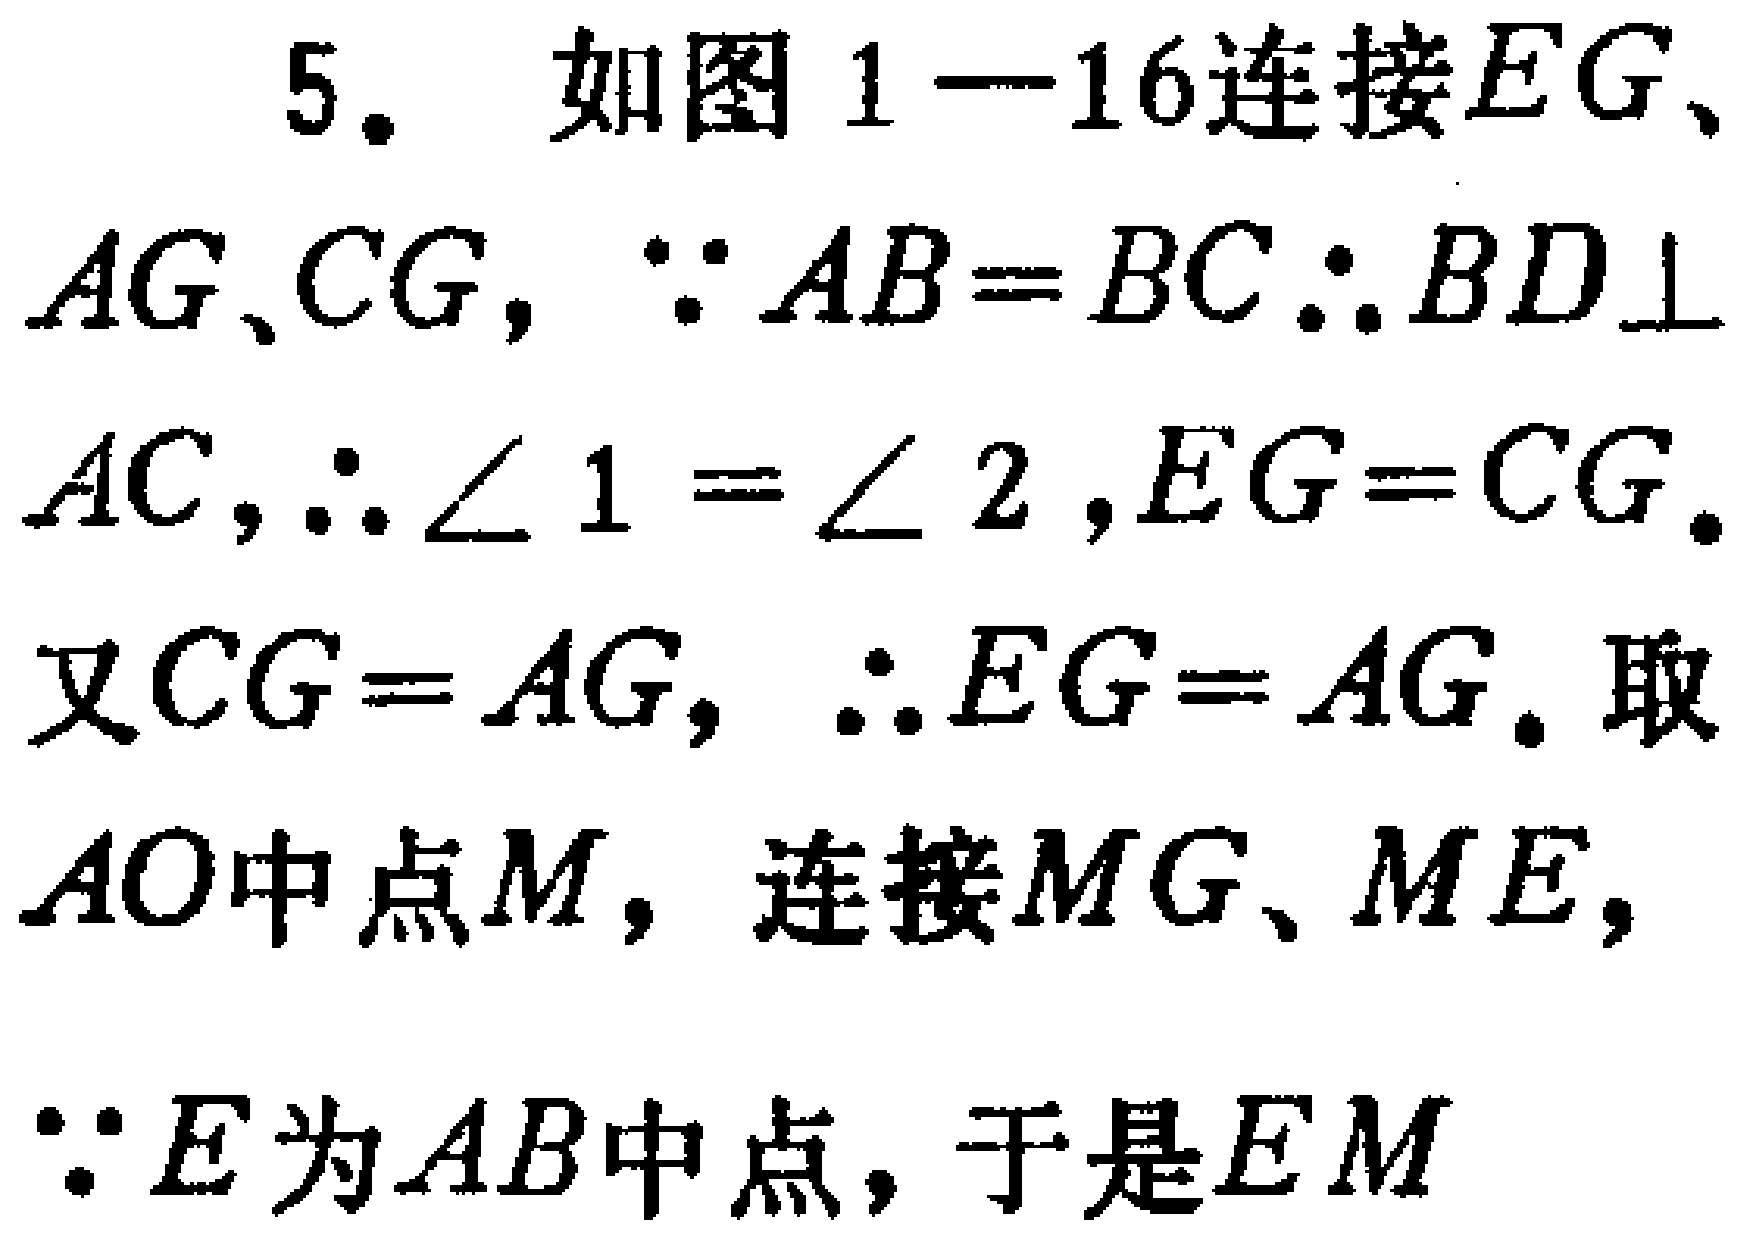
5. 如图1—16连接\(EG\)、\(AG\)、\(CG\)，\(\because AB = BC\therefore BD\perp AC\)，\(\therefore\angle 1=\angle 2\)，\(EG = CG\)。
又\(CG = AG\)，\(\therefore EG = AG\)。取\(AO\)中点\(M\)，连接\(MG\)、\(ME\)，
\(\because E\)为\(AB\)中点，于是\(EM\)